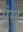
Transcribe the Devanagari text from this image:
पूंख